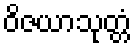
ဝိဇယာသုတ္တံ